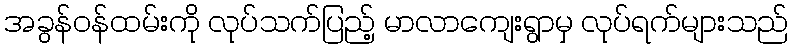
အခွန်ဝန်ထမ်းကို လုပ်သက်ပြည့် မာလာကျေးရွာမှ လုပ်ရက်များသည်